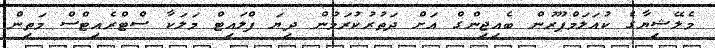
މެލޭޝިޔާގެ ކުއަލަމްޕޫރުން ބެއިޖިންގް އަށް ދަތުރުކުރަމުން ދިޔަ ފްލައިޓް މަލަކާ ސްޓްރެއިޓްސް މަތިން